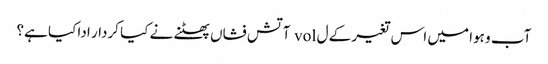
آب و ہوا میں اس تغیر کے ل vol آتش فشاں پھٹنے نے کیا کردار ادا کیا ہے؟